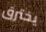
يخترق